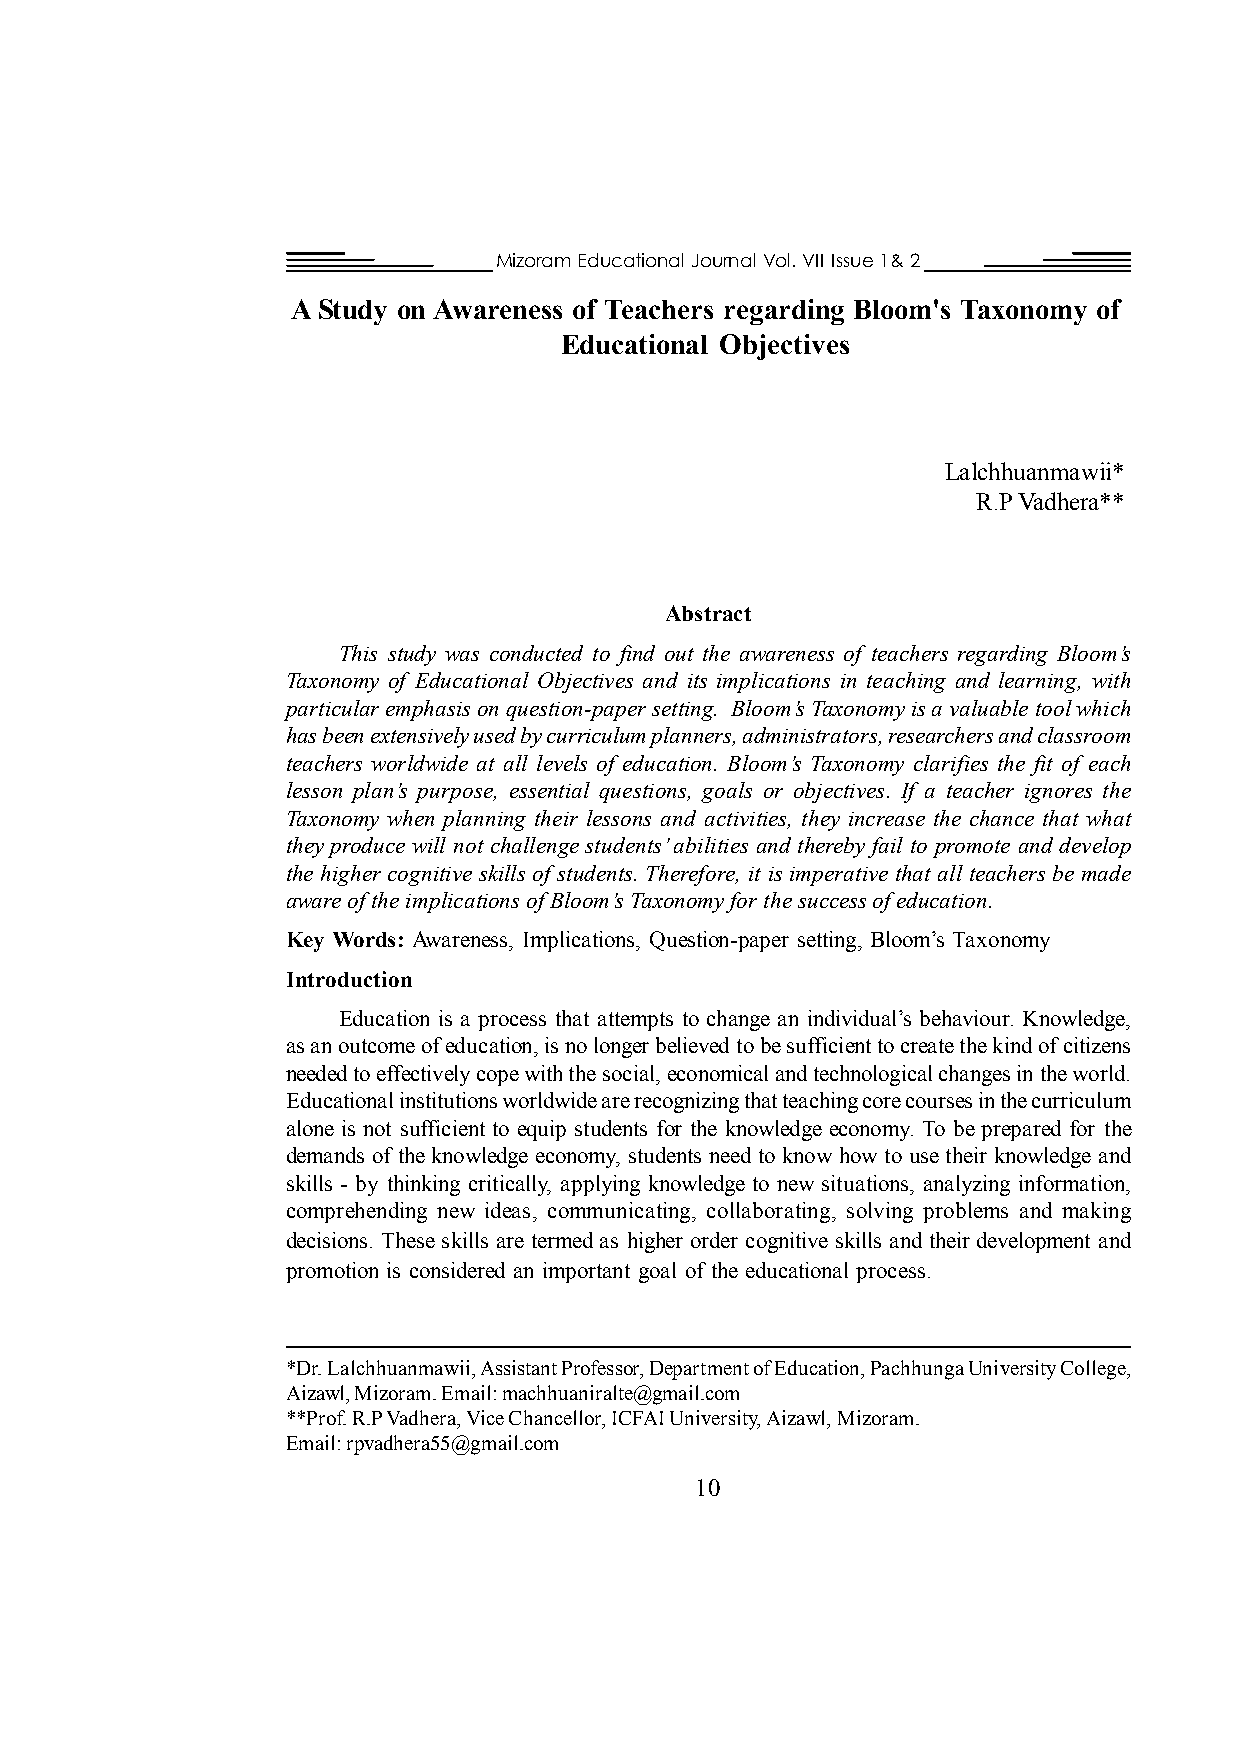
Mizoram Educational Journal Vol. VII Issue 1& 2
 A Study on Awareness of Teachers regarding Bloom's Taxonomy of
 Educational Objectives
 Lalchhuanmawii*
 R.P Vadhera**
 Abstract
 This study was conducted to find out the awareness of teachers regarding Bloom’s
 Taxonomy of Educational Objectives and its implications in teaching and learning, with
 particular emphasis on question-paper setting. Bloom’s Taxonomy is a valuable tool which
 has been extensively used by curriculum planners, administrators, researchers and classroom
 teachers worldwide at all levels of education. Bloom’s Taxonomy clarifies the fit of each
 lesson plan’s purpose, essential questions, goals or objectives. If a teacher ignores the
 Taxonomy when planning their lessons and activities, they increase the chance that what
 they produce will not challenge students’ abilities and thereby fail to promote and develop
 the higher cognitive skills of students. Therefore, it is imperative that all teachers be made
 aware of the implications of Bloom’s Taxonomy for the success of education.
 Key Words: Awareness, Implications, Question-paper setting, Bloom’s Taxonomy
 Introduction
 Education is a process that attempts to change an individual’s behaviour. Knowledge,
 as an outcome of education, is no longer believed to be sufficient to create the kind of citizens
 needed to effectively cope with the social, economical and technological changes in the world.
 Educational institutions worldwide are recognizing that teaching core courses in the curriculum
 alone is not sufficient to equip students for the knowledge economy. To be prepared for the
 demands of the knowledge economy, students need to know how to use their knowledge and
 skills - by thinking critically, applying knowledge to new situations, analyzing information,
 comprehending new ideas, communicating, collaborating, solving problems and making
 decisions. These skills are termed as higher order cognitive skills and their development and
 promotion is considered an important goal of the educational process.
 *Dr. Lalchhuanmawii, Assistant Professor, Department of Education, Pachhunga University College,
 Aizawl, Mizoram. Email: machhuaniralte@gmail.com
 **Prof. R.P Vadhera, Vice Chancellor, ICFAI University, Aizawl, Mizoram.
 Email: rpvadhera55@gmail.com
 10